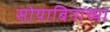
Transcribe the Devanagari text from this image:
सोयाबिनाच्या